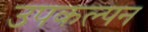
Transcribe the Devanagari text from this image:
उपकल्पन